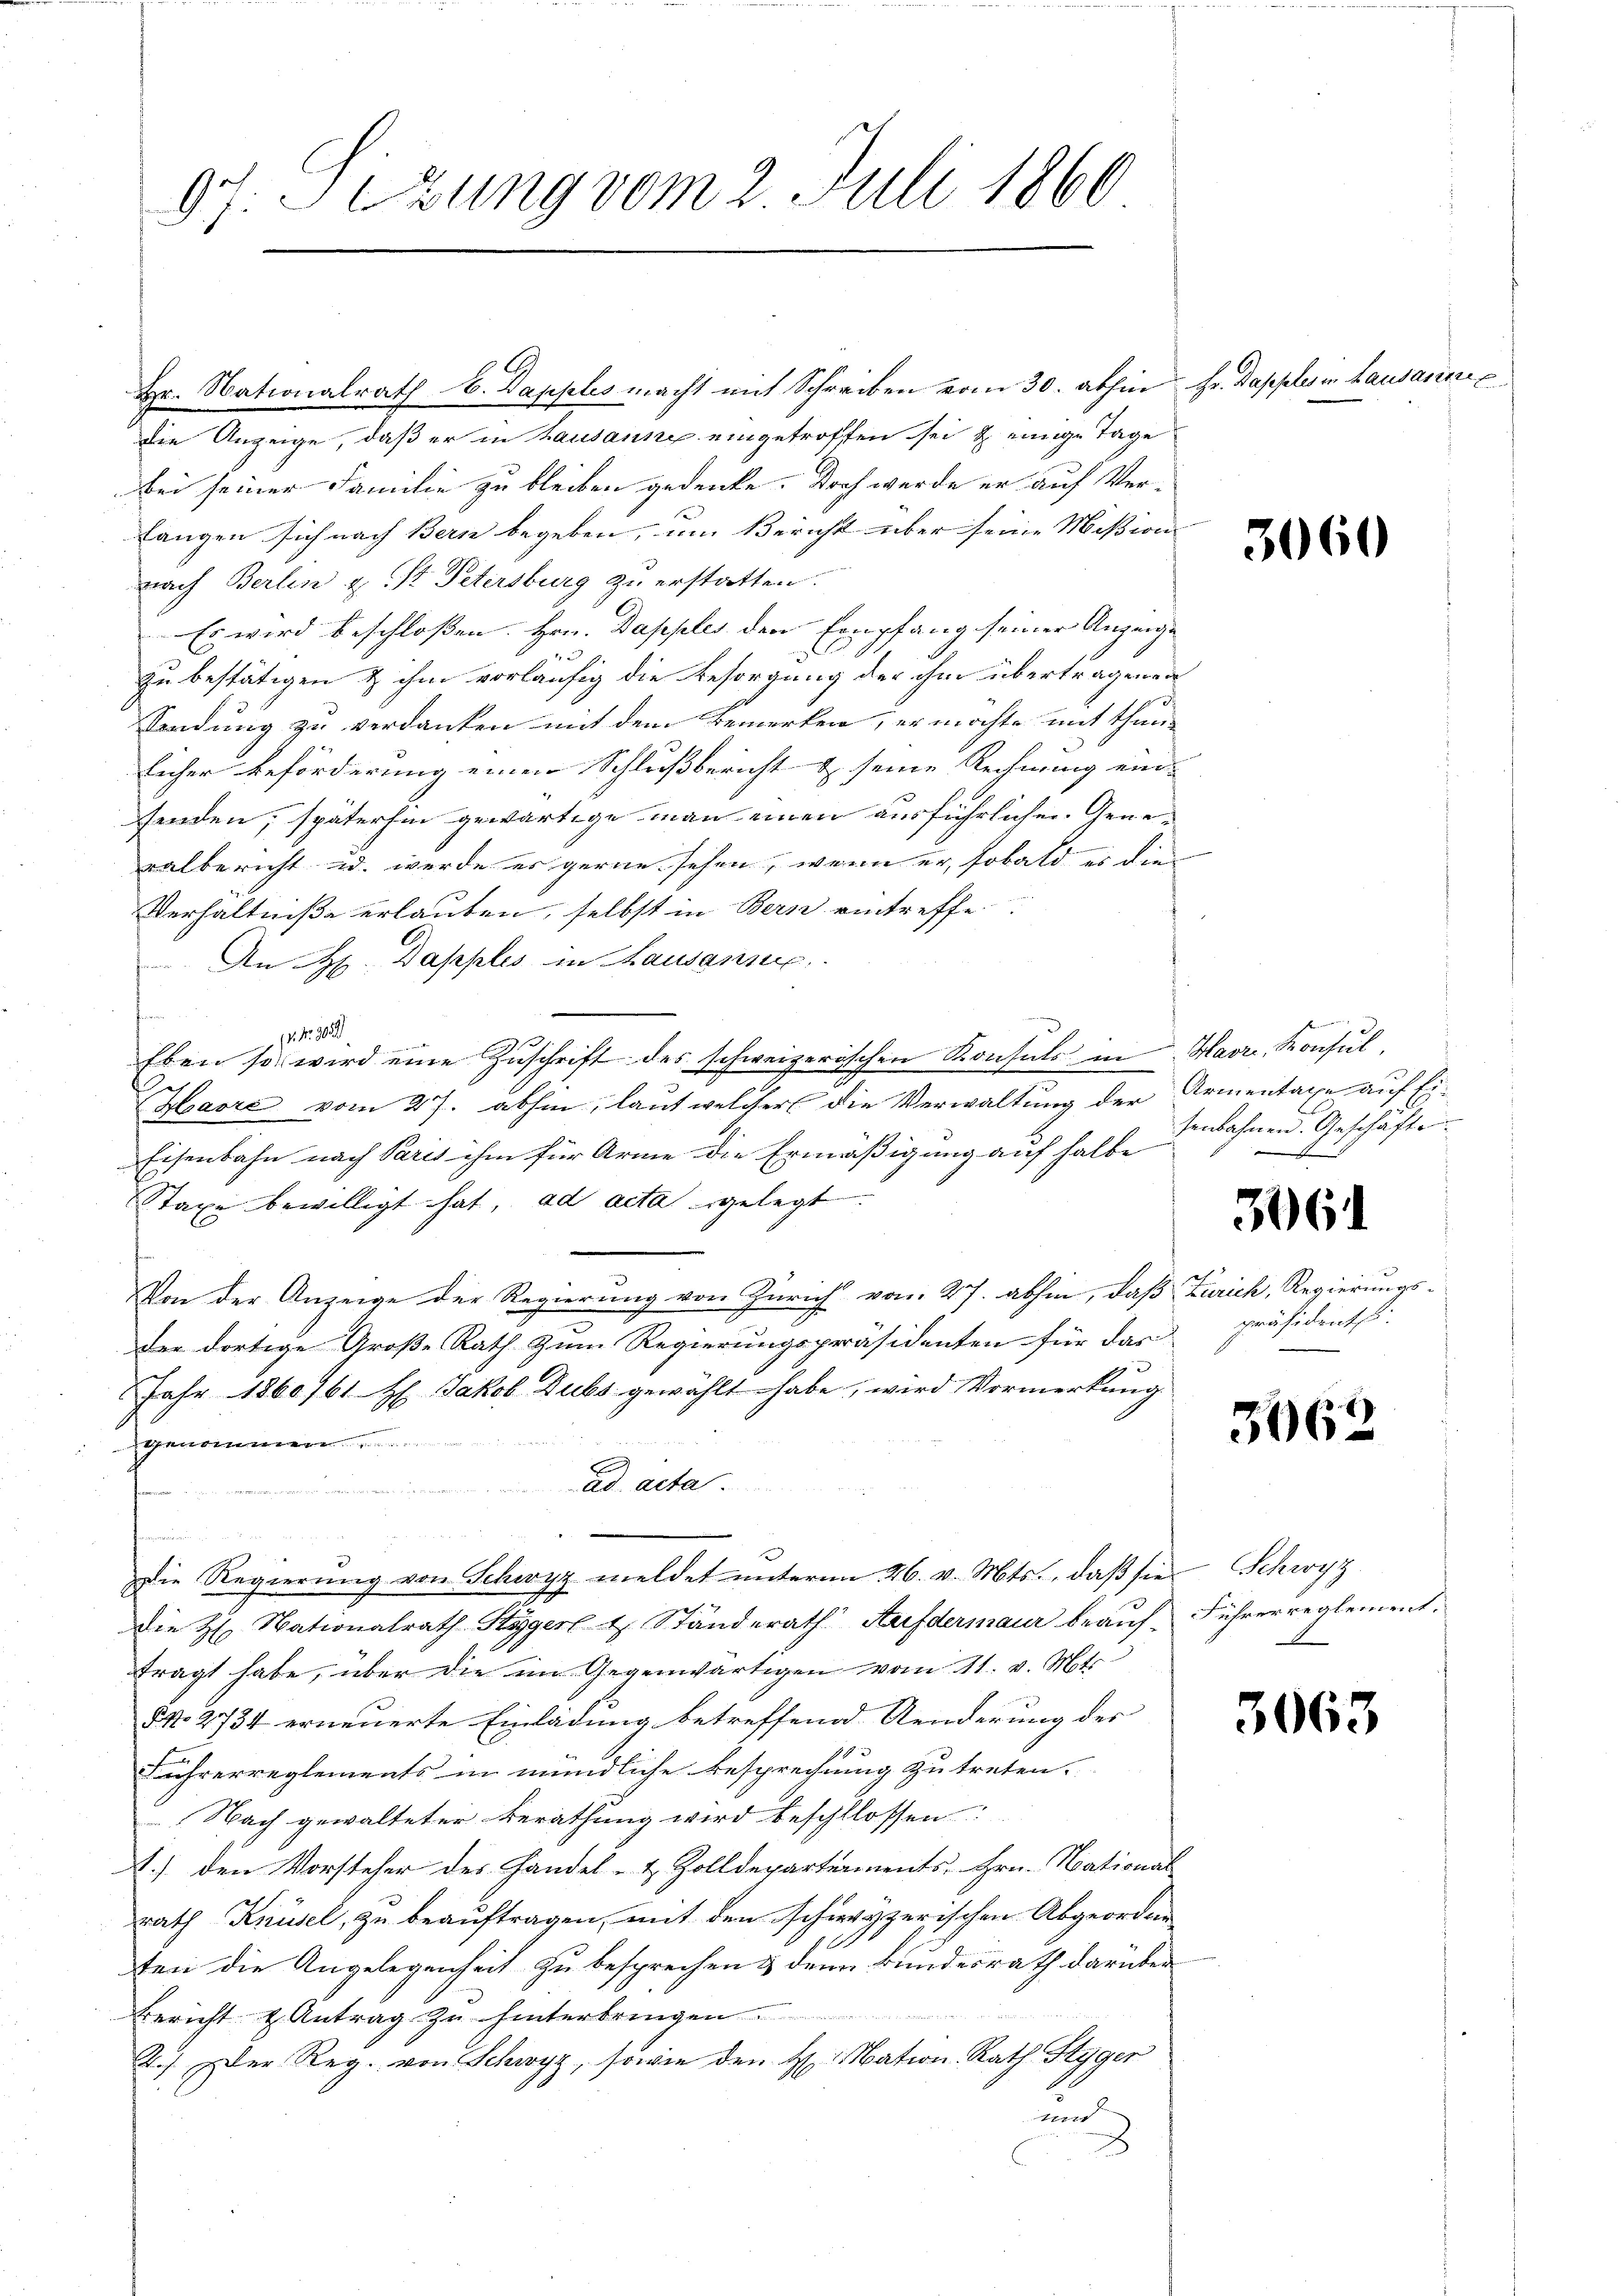
gr. Sitzung vom 2. Juli 1860

Hr. Nationalrath b. Dapples macht mit Schreiben vom 30. abhin Fr. Dapples in Lausannes
die Anzeige, daß er in Lausanne eingetroffen sei & einige Tage
bei seiner Familie zu bleiben gedenke. Doch werde er auf Ver-
fangen sich nach Bern begeben, um Bericht über seine Mißion
nach Berlin & St. Petersburg zu erstatten.
Es wird beschloßen. Hrn. Dapples den Empfang seiner Anzeige
zu bestätigen & ihm vorläufig die Besorgung der ihm übertragen a
Sendung zu verdanken mit dem Bemerken, er möchte mit thun-
licher Beförderung einen Schlußbericht & seine Rechnung ein-
fenden; späterhin gewärtige man einen ausführlichen Generalbericht u. werde er gerne sehen, wenn er sobald es die
Verhältniße erlauben, selbst in Bern eintreffe
An Hr. Dapples in Hausanne
s
11 Fr. 302
Eben so wird eine Zuschrift des schweizerischen Konsuls in Marr, Konsul
Havre vom 27. abhin, laut welcher die Verwaltung der Armentaxe auf Ei-
Eisenbahn nach Paris ihm für Arme die Ermäßigung auf halbe
Staxe bewilligt hat, ad acta gelegt.
Von der Anzeige der Regierung von Zürich vom 27. abhin, daß Zürich, Regierungs-
der dortige Große Rath zum Regierungspräsidenten für das
Jahr 1860/61 H. Jakob Dubs gewählt habe, wird Vormerkung
 E
.
ad acta.

i
dDie Regierung von Schwyz meldet unterm 26. v. Mts., daβ sie Schwyz
Die H. Nationalrath Stygerl u. Ständerath Aufdermaur beauf- Führer reglement.
tragt habe, über die im Gegenwärtigen vom 11. v. Mts.
§ N. 2734 erneuerte Einladung betreffend Aenderung des
ührerreglements in mündliche Besprechung zu treten.
Nach gewalteter Berathung wird beschllossen:
A.) den Vorsteher des Handel- & Zolldepartements, Hrn. National
rath Knüsel, zu beauftragen, mit den schwyzerischen Abgeordne
ten die Angelegenheit zu besprechen & denn Bundesrath darüber
Bericht & Antrag zu hinterbringen
2.) Der Reg. von Schwyz, sowie den H. Mation. Rath Styger
und

3060

senbahnen. Geschäften
1

306.

präsidente

3062

3063